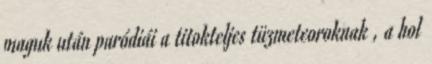
maguk után paródiái a titokteljes tüzmeteoroknak , a hol